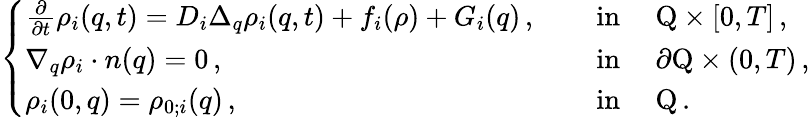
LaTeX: \left\{ \begin{array}{ll}{\frac{\partial}{\partial t}\rho_{i}(q,t)=D_{i}\Delta_{q}\rho_{i}(q,t)+f_{i}(\rho)+G_{i}(q)\, ,}&{\quad\mathrm{~in~}\quad\mathrm{Q}\times[0,T]\, ,}\\ {\nabla_{q}\rho_{i}\cdot n(q)=0\, ,}&{\quad\mathrm{~in~}\quad\partial\mathrm{Q}\times(0,T)\, ,}\\ {\rho_{i}(0,q)=\rho_{0;i}(q)\, ,}&{\quad\mathrm{~in~}\quad\mathrm{Q}\, .}\end{array}\right.